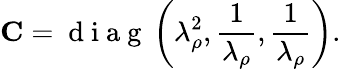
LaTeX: \mathbf{C}=\mathrm{~d~i~a~g~}\left(\lambda_{\rho}^{2},\frac{1}{\lambda_{\rho}},\frac{1}{\lambda_{\rho}}\right).